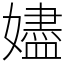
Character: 嬧